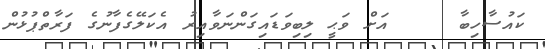
ކައުސާހިބާ     އަށް ވަޙީ ލިބިވަޑައިގަންނަވާއިރު އެކަލޭގެފާނުގެ ފަރާތްޕުޅުން